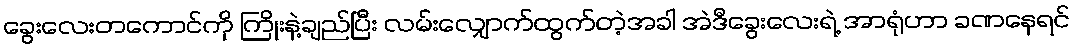
ခွေးလေးတကောင်ကို ကြိုးနဲ့ချည်ပြီး လမ်းလျှောက်ထွက်တဲ့အခါ အဲဒီခွေးလေးရဲ့ အာရုံဟာ ခဏနေရင်